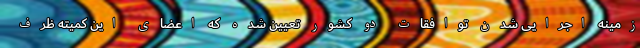
زمینه اجرایی شدن توافقات دو کشور تعیین شده که اعضای این کمیته ظرف